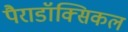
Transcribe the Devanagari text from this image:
पैराडॉक्सिकल